Indian journal of veterinary science and animal husbandry - Volumes 15-17, 1948-1951
Year: 1948
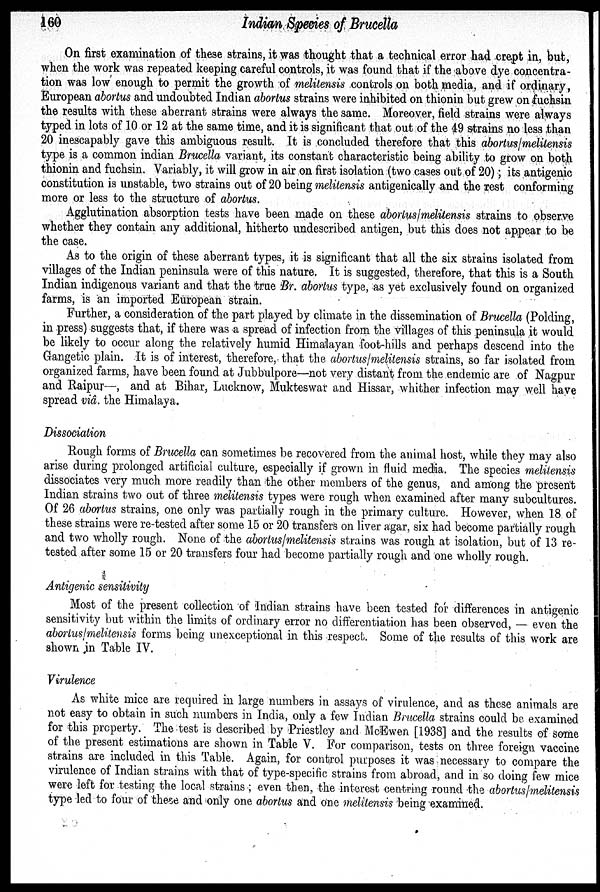
160
Indian Species of Brucella
On first examination of these strains, it was thought that a technical error had crept in, but,
when the work was repeated keeping careful controls, it was found that if the above dye concentra-
tion was low enough to permit the growth of melitensis controls on both media, and if ordinary,
European abortus and undoubted Indian abortus strains were inhibited on thionin but grew on fuchsin
the results with these aberrant strains were always the same. Moreover, field strains were always
typed in lots of 10 or 12 at the same time, and it is significant that out of the 49 strains no less than
20 inescapably gave this ambiguous result. It is concluded therefore that this abortus/melitensis
type is a common indian Brucella variant, its constant characteristic being ability to grow on both
thionin and fuchsin. Variably, it will grow in air on first isolation (two cases out of 20); its antigenic
constitution is unstable, two strains out of 20 being melitensis antigenically and the rest conforming
more or less to the structure of abortus.
Agglutination absorption tests have been made on these abortus/melitensis strains to observe
whether they contain any additional, hitherto undescribed antigen, but this does not appear to be
the case.
As to the origin of these aberrant types, it is significant that all the six strains isolated from
villages of the Indian peninsula were of this nature. It is suggested, therefore, that this is a South
Indian indigenous variant and that the true Br. abortus type, as yet exclusively found on organized
farms, is an imported European strain.
Further, a consideration of the part played by climate in the dissemination of Brucella (Polding,
in press) suggests that, if there was a spread of infection from the villages of this peninsula it would
be likely to occur along the relatively humid Himalayan foot-hills and perhaps descend into the
Gangetic plain. It is of interest, therefore, that the abortus/melitensis strains, so far isolated from
organized farms, have been found at Jubbulpore—not very distant from the endemic are of Nagpur
and Raipur—, and at Bihar, Lucknow, Mukteswar and Hissar, whither infection may well have
spread viâ. the Himalaya.
Dissociation
Rough forms of Brucella can sometimes be recovered from the animal host, while they may also
arise during prolonged artificial culture, especially if grown in fluid media. The species melitensis
dissociates very much more readily than the other members of the genus, and among the present
Indian strains two out of three melitensis types were rough when examined after many subcultures.
Of 26 abortus strains, one only was partially rough in the primary culture. However, when 18 of
these strains were re-tested after some 15 or 20 transfers on liver agar, six had become partially rough
and two wholly rough. None of the abortus/melitensis strains was rough at isolation, but of 13 re-
tested after some 15 or 20 transfers four had become partially rough and one wholly rough.
Antigenic sensitivity
Most of the present collection of Indian strains have been tested for differences in antigenic
sensitivity but within the limits of ordinary error no differentiation has been observed, — even the
abortus/melitensis forms being unexceptional in this respect. Some of the results of this work are
shown in Table IV.
Virulence
As white mice are required in large numbers in assays of virulence, and as these animals are
not easy to obtain in such numbers in India, only a few Indian Brucella strains could be examined
for this property. The test is described by Priestley and McEwen [1938] and the results of some
of the present estimations are shown in Table V. For comparison, tests on three foreign vaccine
strains are included in this Table. Again, for control purposes it was necessary to compare the
virulence of Indian strains with that of type-specific strains from abroad, and in so doing few mice
were left for testing the local strains ; even then, the interest centring round the abortus/melitensis
type led to four of these and only one abortus and one melitensis being examined.